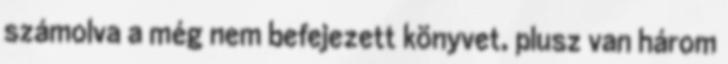
számolva a még nem befejezett könyvet, plusz van három